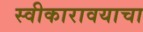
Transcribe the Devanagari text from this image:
स्वीकारावयाचा